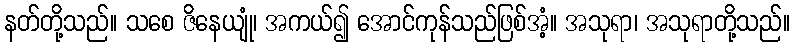
နတ်တို့သည်။ သစေ ဇိနေယျုံ၊ အကယ်၍ အောင်ကုန်သည်ဖြစ်အံ့။ အသုရာ၊ အသုရာတို့သည်။